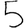
Digit: 5